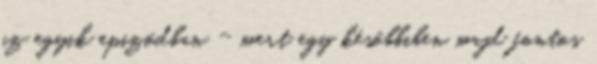
az egyik epizódban - mert egy későbbiben majd fontos